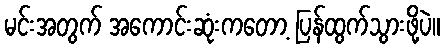
မင်းအတွက် အကောင်းဆုံးကတော့ ပြန်ထွက်သွားဖို့ပဲ။